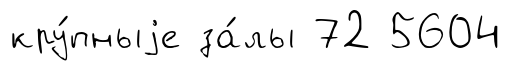
кру́пныjе за́лы 72 5604